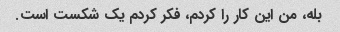
بله، من این کار را کردم، فکر کردم یک شکست است.